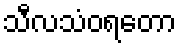
သီလသံဝရတော